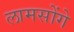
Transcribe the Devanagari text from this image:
लामसोंगे